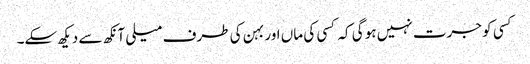
کسی کو جرت نہیں ہو گی کہ کسی کی ماں اور بہن کی طرف میلی آنکھ سے دیکھ سکے۔